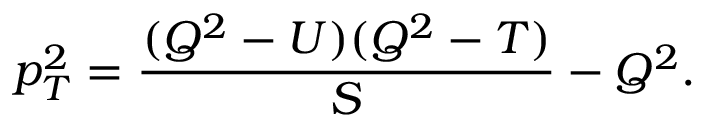
p _ { T } ^ { 2 } = \frac { ( Q ^ { 2 } - U ) ( Q ^ { 2 } - T ) } { S } - Q ^ { 2 } .